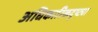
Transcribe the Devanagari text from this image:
अधिकारिकदृष्ट्या